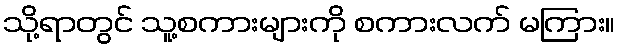
သို့ရာတွင် သူ့စကားများကို စကားလက် မကြား။